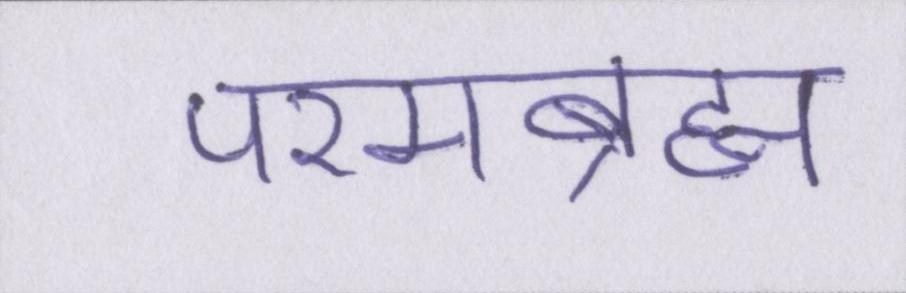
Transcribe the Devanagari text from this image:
परमब्रह्म